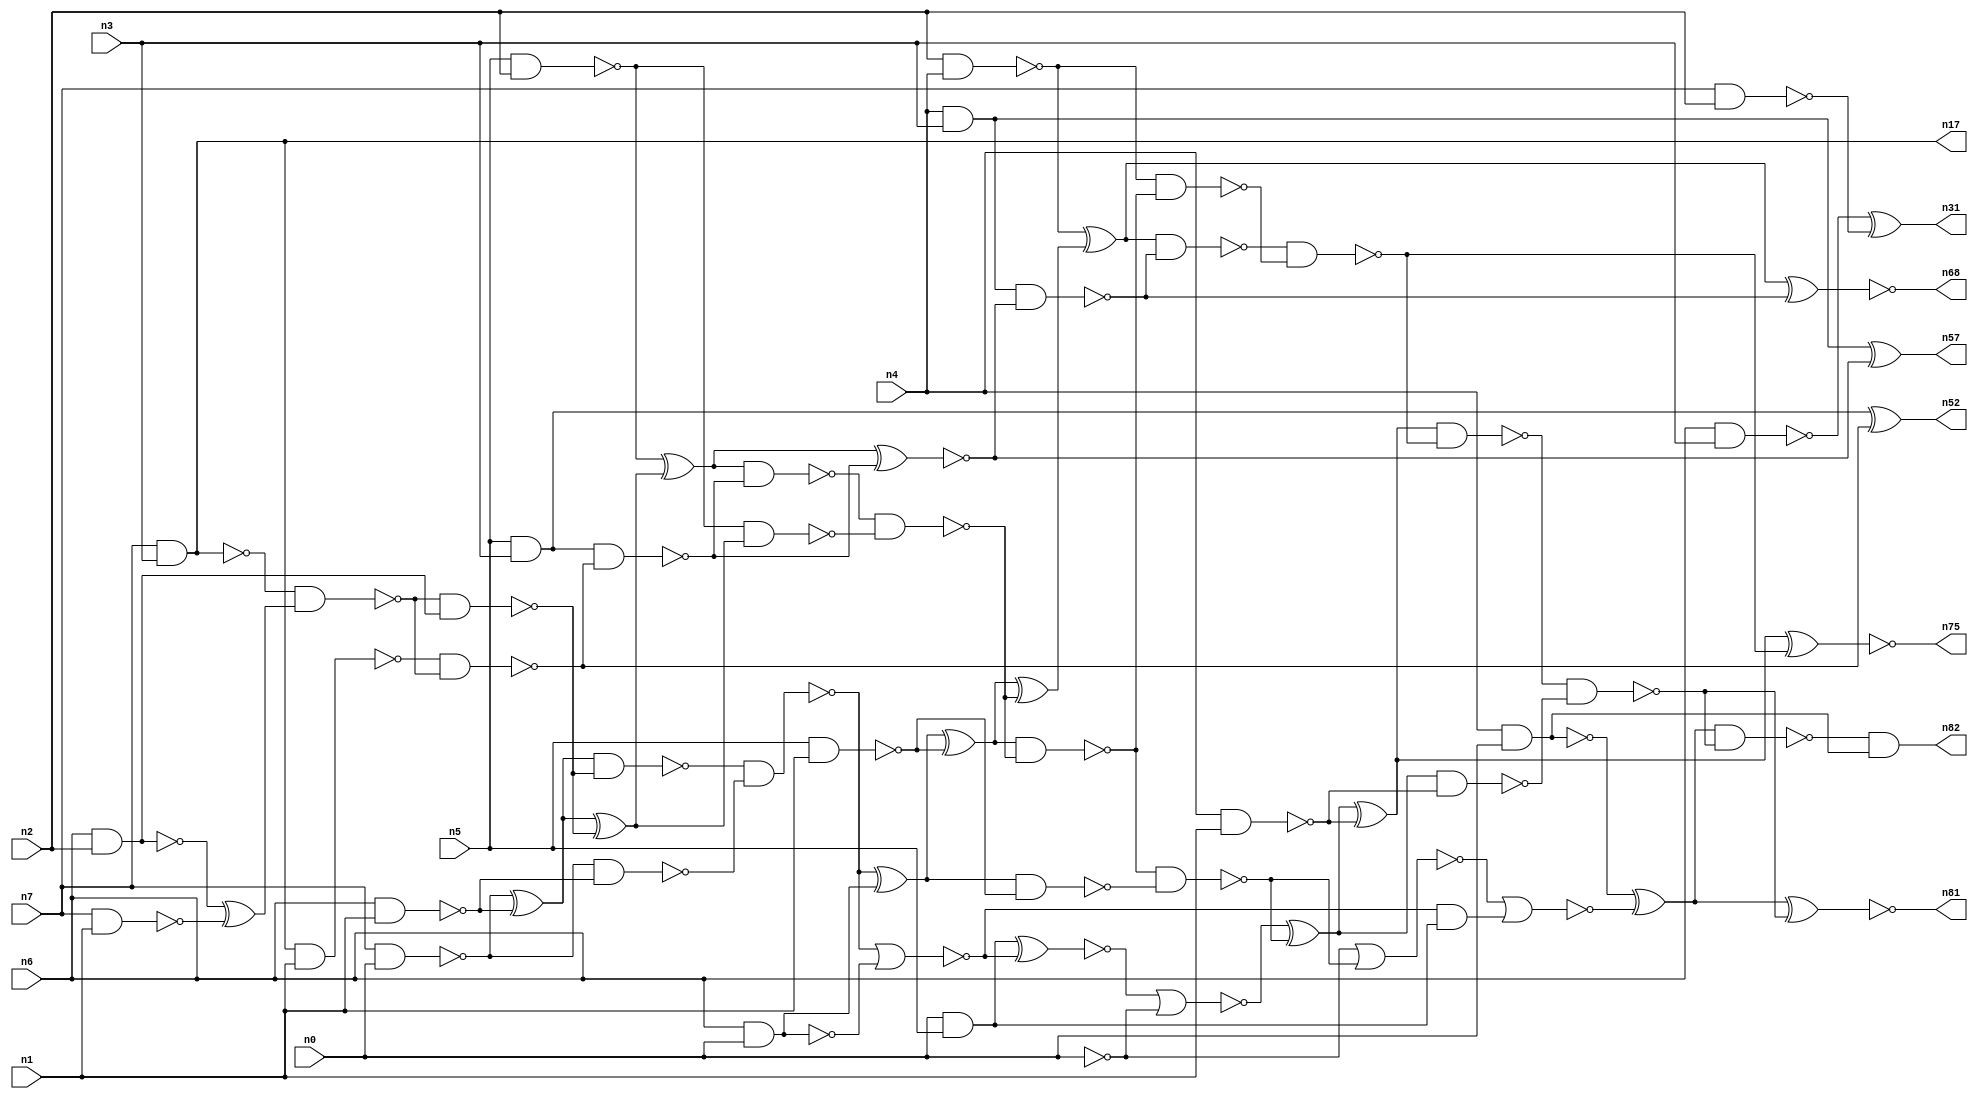
// This file contains a pareto-optimal circuit with respect to area and the fault-resilince parameter p_fault which is defined as:
// "For all input vectors, the ratio of the no. of faults observable at the POs to the no. of total possible faults in the circuit".
// This code is part of the ReCkt library (https://github.com/umar-afzaal/ReCkt) distributed under The MIT License.
// When used, please cite the following article(s):
// U. Afzaal, A.S. Hassan, M. Usman and J.A. Lee, "On the Evolutionary Synthesis of Increased Fault-resilience Arithmetic Circuits".

// p_fault = 90.4 %    (Lower is better)
// gates = 74.0
// levels = 16
// area = 93.27    (For MCNC library relative to nand2)
// power = 533.5 uW    (Berkely-SIS for MCNC library @ Vdd=5V and 20 MHz clock)
// delay = 21.4 ns    (Berkely-ABC for MCNC library)
// PDP = 1.14169e-11 J

// Pin mapping:
// {n0, n1, n2, n3} = A[3:0]
// {n4, n5, n6, n7} = B[3:0]
// {n82, n81, n75, n68, n57, n52, n31, n17} = O[7:0]

module mult4u_area_2 (
n0, n1, n2, n3, n4, n5, n6, n7, 
n82, n81, n75, n68, n57, n52, n31, n17
);

input n0, n1, n2, n3, n4, n5, n6, n7;
output n82, n81, n75, n68, n57, n52, n31, n17;
wire n16, n73, n77, n26, n40, n38, n78, n76, n46, n50, n51, n15, n66, n36, n67, n18, n13, n21, n32, n35, 
n64, n65, n33, n10, n70, n61, n19, n58, n24, n74, n44, n20, n62, n60, n28, n59, n80, n27, n79, n69, 
n45, n71, n25, n14, n43, n8, n39, n34, n37, n42, n56, n54, n12, n63, n22, n11, n49, n29, n9, n72, 
n47, n55, n53, n23, n41, n48;

nand (n8, n6, n2);
and (n9, n5, n3);
nand (n10, n4, n1);
nand (n11, n4, n3);
nand (n12, n6, n0);
nand (n13, n7, n0);
nand (n14, n6, n3);
nand (n15, n7, n2);
nand (n16, n2, n4);
and (n17, n7, n3);
nand (n18, n5, n1);
and (n19, n0, n5);
nand (n20, n7, n1);
nand (n21, n5, n2);
nand (n22, n0, n6);
nand (n23, n4, n0);
nand (n24, n6, n1);
xor (n25, n13, n24);
nor (n26, n22, n12);
nand (n27, n11, n11);
nand (n28, n13, n24);
and (n29, n8, n8);
xor (n31, n14, n15);
xor (n32, n8, n20);
nand (n33, n17, n1);
nand (n34, n17, n17);
nand (n35, n0, n0);
nand (n36, n8, n29);
nand (n37, n34, n32);
nand (n38, n33, n37);
nand (n39, n37, n36);
nand (n40, n9, n38);
xnor (n41, n9, n38);
xor (n42, n25, n39);
nand (n43, n25, n39);
nand (n44, n21, n42);
and (n45, n40, n40);
nand (n46, n43, n28);
xor (n47, n21, n42);
xor (n48, n46, n26);
nand (n49, n47, n40);
xnor (n50, n47, n45);
nor (n51, n46, n12);
nand (n52, n41, n41);
nand (n53, n49, n44);
nand (n54, n27, n50);
and (n55, n51, n19);
xor (n56, n48, n18);
xor (n57, n27, n50);
nand (n58, n48, n18);
xnor (n59, n19, n51);
nand (n60, n56, n53);
nor (n61, n59, n35);
xor (n62, n56, n53);
xor (n63, n16, n62);
nand (n64, n60, n58);
nand (n65, n16, n60);
nand (n66, n0, n0);
xor (n67, n61, n64);
xnor (n68, n63, n54);
nor (n69, n66, n64);
nand (n70, n63, n54);
nand (n71, n70, n65);
nor (n72, n69, n55);
nand (n73, n67, n10);
xor (n74, n67, n10);
xnor (n75, n74, n71);
xor (n76, n23, n72);
nand (n77, n23, n23);
nand (n78, n74, n71);
nand (n79, n78, n73);
nand (n80, n76, n79);
xnor (n81, n76, n79);
and (n82, n80, n77);

endmodule